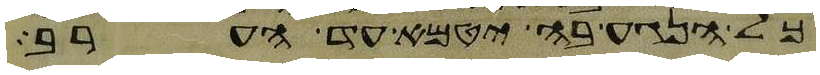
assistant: כל הנגע בה יטמא עד הערב